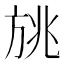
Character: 𰕨